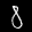
Label: 8